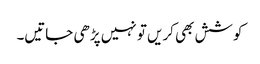
کوشش بھی کریں تو نہیں پڑھی جاتیں۔